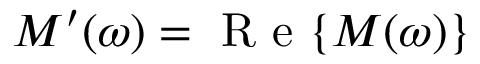
M ^ { \prime } ( \omega ) = \mathrm { ~ R ~ e ~ } \{ M ( \omega ) \}